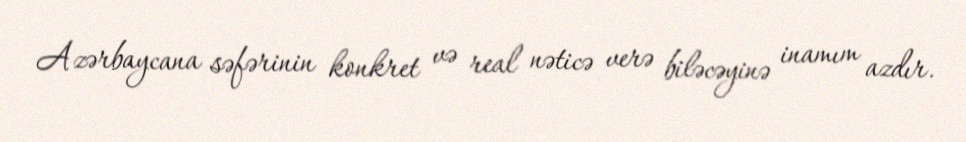
Azərbaycana səfərinin konkret və real nəticə verə biləcəyinə inamım azdır.